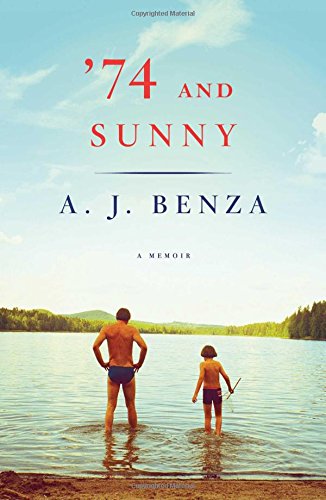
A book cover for '74 and Sunny; A. J. Benza; Parenting & Relationships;